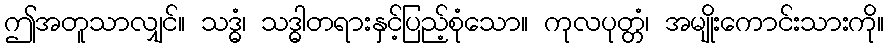
ဤအတူသာလျှင်။ သဒ္ဓံ၊ သဒ္ဓါတရားနှင့်ပြည့်စုံသော။ ကုလပုတ္တံ၊ အမျိုးကောင်းသားကို။